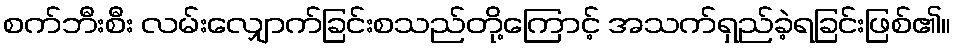
စက်ဘီးစီး လမ်းလျှောက်ခြင်းစသည်တို့ကြောင့် အသက်ရှည်ခဲ့ရခြင်းဖြစ်၏။